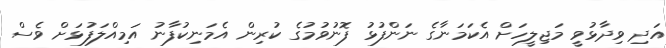
އަދި ވިދާޅުވީ މަޖިލީހަށް އެކަމަނާގެ ނަންފުޅު ފޮނުވުމުގެ ކުރިން އެމަނިކުފާނު އަމިއްލަފުޅަށް ވެސް